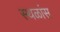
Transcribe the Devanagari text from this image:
स्थळांस